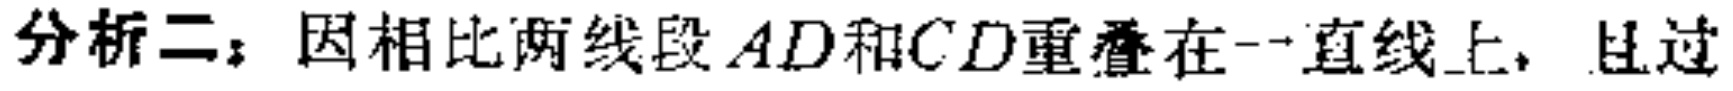
分析二：因相比两线段\(AD\)和\(CD\)重叠在一直线上，且过